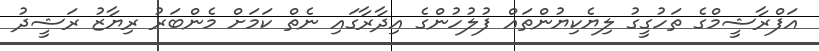
އަފްރާޝީމްގެ ތަހުގީގު ލިޔެކިޔުންތައް ފުލުހުންގެ އިދާރާގައި ނެތް ކަމަށް މެންބަރު ރިޔާޒު ރަޝީދު